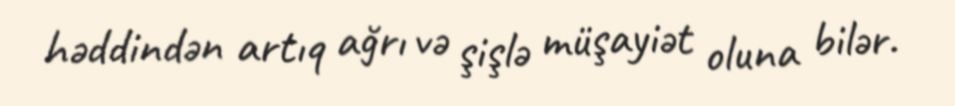
həddindən artıq ağrı və şişlə müşayiət oluna bilər.